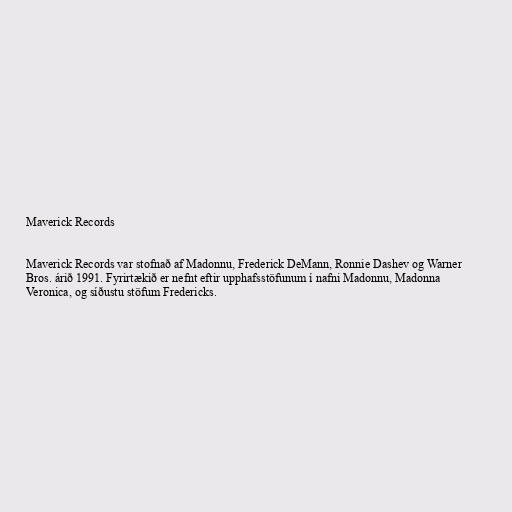
Maverick Records

Maverick Records var stofnað af Madonnu, Frederick DeMann, Ronnie Dashev og Warner
Bros. árið 1991. Fyrirtækið er nefnt eftir upphafsstöfunum í nafni Madonnu, Madonna
Veronica, og síðustu stöfum Fredericks.